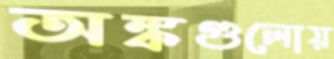
অঙ্কগুলোয়